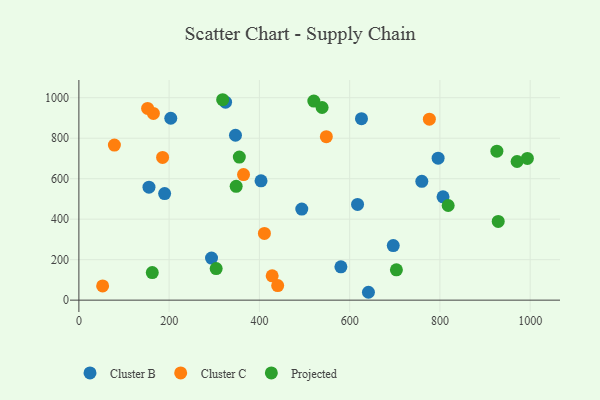
{"axis": {"x": "Price", "y": "Demand"}, "legend": ["Cluster B", "Cluster C", "Projected"], "data": [{"x": "796.0", "y": 701.4, "type": "Cluster B"}, {"x": "155.3", "y": 558.0, "type": "Cluster B"}, {"x": "580.6", "y": 164.8, "type": "Cluster B"}, {"x": "617.5", "y": 472.7, "type": "Cluster B"}, {"x": "403.6", "y": 589.5, "type": "Cluster B"}, {"x": "806.9", "y": 510.2, "type": "Cluster B"}, {"x": "325.0", "y": 978.1, "type": "Cluster B"}, {"x": "347.0", "y": 814.5, "type": "Cluster B"}, {"x": "293.9", "y": 208.0, "type": "Cluster B"}, {"x": "626.2", "y": 896.7, "type": "Cluster B"}, {"x": "759.9", "y": 586.9, "type": "Cluster B"}, {"x": "203.6", "y": 898.7, "type": "Cluster B"}, {"x": "493.9", "y": 449.7, "type": "Cluster B"}, {"x": "641.6", "y": 38.9, "type": "Cluster B"}, {"x": "190.0", "y": 526.5, "type": "Cluster B"}, {"x": "696.6", "y": 269.7, "type": "Cluster B"}, {"x": "165.1", "y": 922.2, "type": "Cluster C"}, {"x": "364.8", "y": 620.2, "type": "Cluster C"}, {"x": "411.1", "y": 329.6, "type": "Cluster C"}, {"x": "428.3", "y": 120.3, "type": "Cluster C"}, {"x": "776.6", "y": 894.0, "type": "Cluster C"}, {"x": "185.5", "y": 705.3, "type": "Cluster C"}, {"x": "52.6", "y": 70.5, "type": "Cluster C"}, {"x": "152.3", "y": 946.9, "type": "Cluster C"}, {"x": "78.7", "y": 765.9, "type": "Cluster C"}, {"x": "548.3", "y": 807.8, "type": "Cluster C"}, {"x": "440.5", "y": 72.2, "type": "Cluster C"}, {"x": "818.3", "y": 467.6, "type": "Projected"}, {"x": "348.5", "y": 562.1, "type": "Projected"}, {"x": "703.6", "y": 150.0, "type": "Projected"}, {"x": "929.2", "y": 389.1, "type": "Projected"}, {"x": "162.6", "y": 136.4, "type": "Projected"}, {"x": "520.6", "y": 983.2, "type": "Projected"}, {"x": "538.9", "y": 951.7, "type": "Projected"}, {"x": "993.8", "y": 700.3, "type": "Projected"}, {"x": "926.2", "y": 736.1, "type": "Projected"}, {"x": "304.2", "y": 155.9, "type": "Projected"}, {"x": "355.5", "y": 706.7, "type": "Projected"}, {"x": "971.0", "y": 684.9, "type": "Projected"}, {"x": "318.6", "y": 990.1, "type": "Projected"}]}